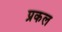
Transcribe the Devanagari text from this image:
प्रकल